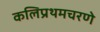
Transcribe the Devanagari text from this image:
कलिप्रथमचरणे